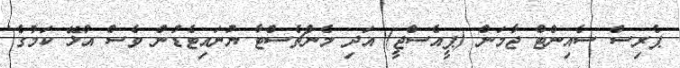
ޕެރިސް ސެއިންޓް ޖާމަން (ޕީއެސްޖީ) އަދި މެންޗެސްޓާ ޔުނައިޓެޑުން ވެސް އުޅޭ ކަމުގެ